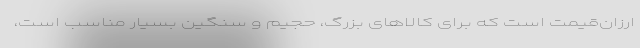
ارزان‌قیمت است که برای کالاهای بزرگ، حجیم و سنگین بسیار مناسب است،